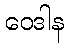
ဝေဒါန